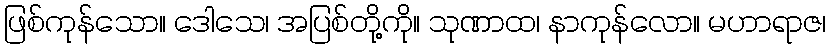
ဖြစ်ကုန်သော။ ဒေါသေ၊ အပြစ်တို့ကို။ သုဏာထ၊ နာကုန်လော။ မဟာရာဇ၊